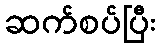
ဆက်စပ်ပြီး